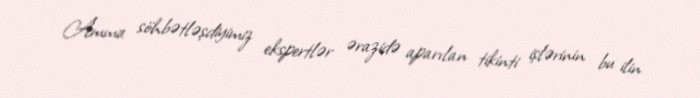
Amma söhbətləşdiyimiz ekspertlər ərazidə aparılan tikinti işlərinin bu ilin